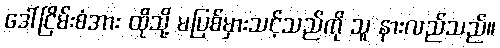
ဒေါ်ငြိမ်းစံအား ထိုသို့ မပြစ်မှားသင့်သည်ကို သူ နားလည်သည်။